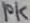
Text: 10K